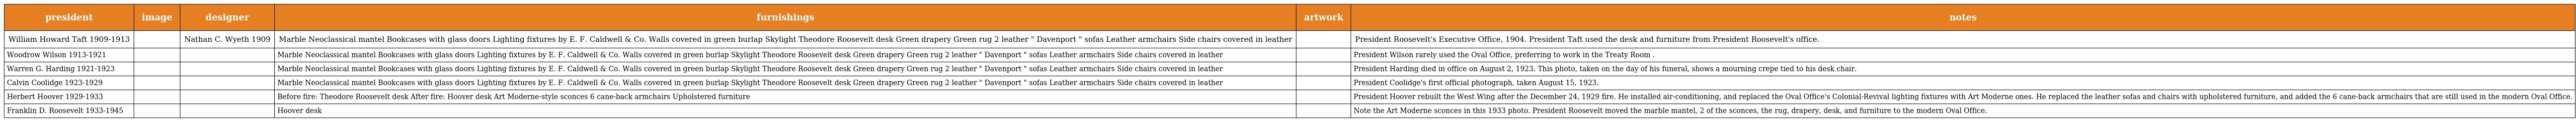
| president | image | designer | furnishings | artwork | notes |
 | --- | --- | --- | --- | --- | --- |
 | William Howard Taft 1909-1913 |  | Nathan C. Wyeth 1909 | Marble Neoclassical mantel Bookcases with glass doors Lighting fixtures by E. F. Caldwell & Co. Walls covered in green burlap Skylight Theodore Roosevelt desk Green drapery Green rug 2 leather " Davenport " sofas Leather armchairs Side chairs covered in leather |  | President Roosevelt's Executive Office, 1904. President Taft used the desk and furniture from President Roosevelt's office. |
 | Woodrow Wilson 1913-1921 |  |  | Marble Neoclassical mantel Bookcases with glass doors Lighting fixtures by E. F. Caldwell & Co. Walls covered in green burlap Skylight Theodore Roosevelt desk Green drapery Green rug 2 leather " Davenport " sofas Leather armchairs Side chairs covered in leather |  | President Wilson rarely used the Oval Office, preferring to work in the Treaty Room . |
 | Warren G. Harding 1921-1923 |  |  | Marble Neoclassical mantel Bookcases with glass doors Lighting fixtures by E. F. Caldwell & Co. Walls covered in green burlap Skylight Theodore Roosevelt desk Green drapery Green rug 2 leather " Davenport " sofas Leather armchairs Side chairs covered in leather |  | President Harding died in office on August 2, 1923. This photo, taken on the day of his funeral, shows a mourning crepe tied to his desk chair. |
 | Calvin Coolidge 1923-1929 |  |  | Marble Neoclassical mantel Bookcases with glass doors Lighting fixtures by E. F. Caldwell & Co. Walls covered in green burlap Skylight Theodore Roosevelt desk Green drapery Green rug 2 leather " Davenport " sofas Leather armchairs Side chairs covered in leather |  | President Coolidge's first official photograph, taken August 15, 1923. |
 | Herbert Hoover 1929-1933 |  |  | Before fire: Theodore Roosevelt desk After fire: Hoover desk Art Moderne-style sconces 6 cane-back armchairs Upholstered furniture |  | President Hoover rebuilt the West Wing after the December 24, 1929 fire. He installed air-conditioning, and replaced the Oval Office's Colonial-Revival lighting fixtures with Art Moderne ones. He replaced the leather sofas and chairs with upholstered furniture, and added the 6 cane-back armchairs that are still used in the modern Oval Office. |
 | Franklin D. Roosevelt 1933-1945 |  |  | Hoover desk |  | Note the Art Moderne sconces in this 1933 photo. President Roosevelt moved the marble mantel, 2 of the sconces, the rug, drapery, desk, and furniture to the modern Oval Office. |